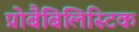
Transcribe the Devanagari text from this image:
प्रोबैबिलिस्टिक